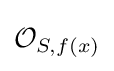
{\mathcal {O}}_{S,f(x)}